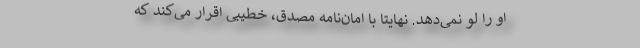
او را لو نمی‌دهد. نهایتا با امان‌نامه مصدق، خطیبی اقرار می‌کند که